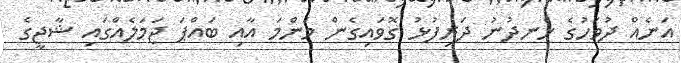
އަނެއް ދުވަހުގެ ހެނދުނު ދަރިފުޅު ގޮވައިގެން މަންމަ އާއި ބައްޕަ ޖަމަލެއްގައި ޝާޖީގެ